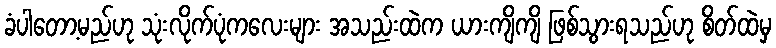
ခံပါတော့မည်ဟု သုံးလိုက်ပုံကလေးများ အသည်းထဲက ယားကျိကျိ ဖြစ်သွားရသည်ဟု စိတ်ထဲမှ